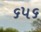
૬૫૬